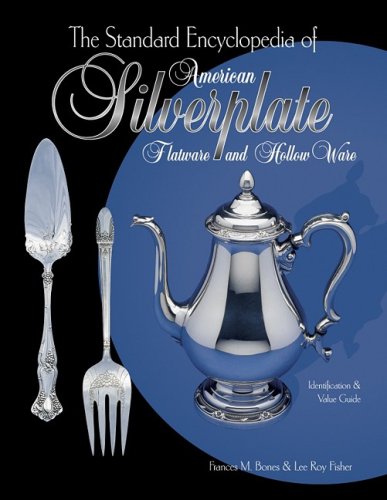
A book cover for The Standard Encyclopedia of American Silverplate: Flatware and Hollow Ware : Identification & Value Guide; Frances M. Bones; Crafts, Hobbies & Home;